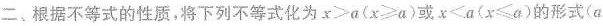
二、根据不等式的性质，将下列不等式化为x≥a(x≥α)或χ<a(x≤a)的形式(a